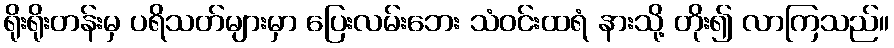
ရိုးရိုးတန်းမှ ပရိသတ်များမှာ ပြေးလမ်းဘေး သံဝင်းထရံ နားသို့ တိုး၍ လာကြသည်။